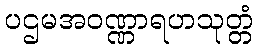
ပဌမအဝဏ္ဏာရဟသုတ္တံ